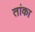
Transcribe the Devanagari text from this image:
तांका